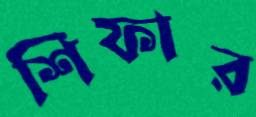
শিফার